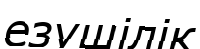
езушілік